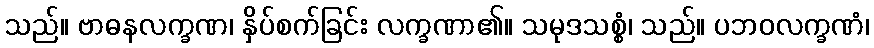
သည်။ ဗာဓနလက္ခဏ၊ နှိပ်စက်ခြင်း လက္ခဏာ၏။ သမုဒသစ္စံ၊ သည်။ ပဘဝလက္ခဏံ၊